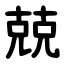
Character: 兢